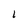
Character: L